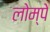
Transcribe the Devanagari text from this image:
लोम्पे